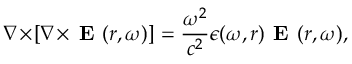
\nabla \! \times \! [ \nabla \! \times \! \textbf { E } ( { \boldsymbol { r } } , \omega ) ] = \frac { \omega ^ { 2 } } { c ^ { 2 } } \epsilon ( \omega , { \boldsymbol { r } } ) \textbf { E } ( { \boldsymbol { r } } , \omega ) ,